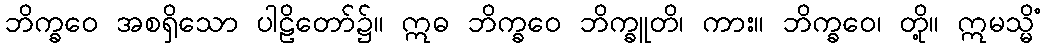
ဘိက္ခဝေ အစရှိသော ပါဠိတော်၌။ ဣဓ ဘိက္ခဝေ ဘိက္ခူတိ၊ ကား။ ဘိက္ခဝေ၊ တို့။ ဣမသ္မိံ